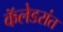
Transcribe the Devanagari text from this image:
कॅलेडरांत